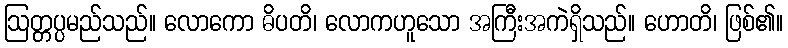
ဩတ္တပ္ပမည်သည်။ လောကော ဓိပတိ၊ လောကဟူသော အကြီးအကဲရှိသည်။ ဟောတိ၊ ဖြစ်၏။